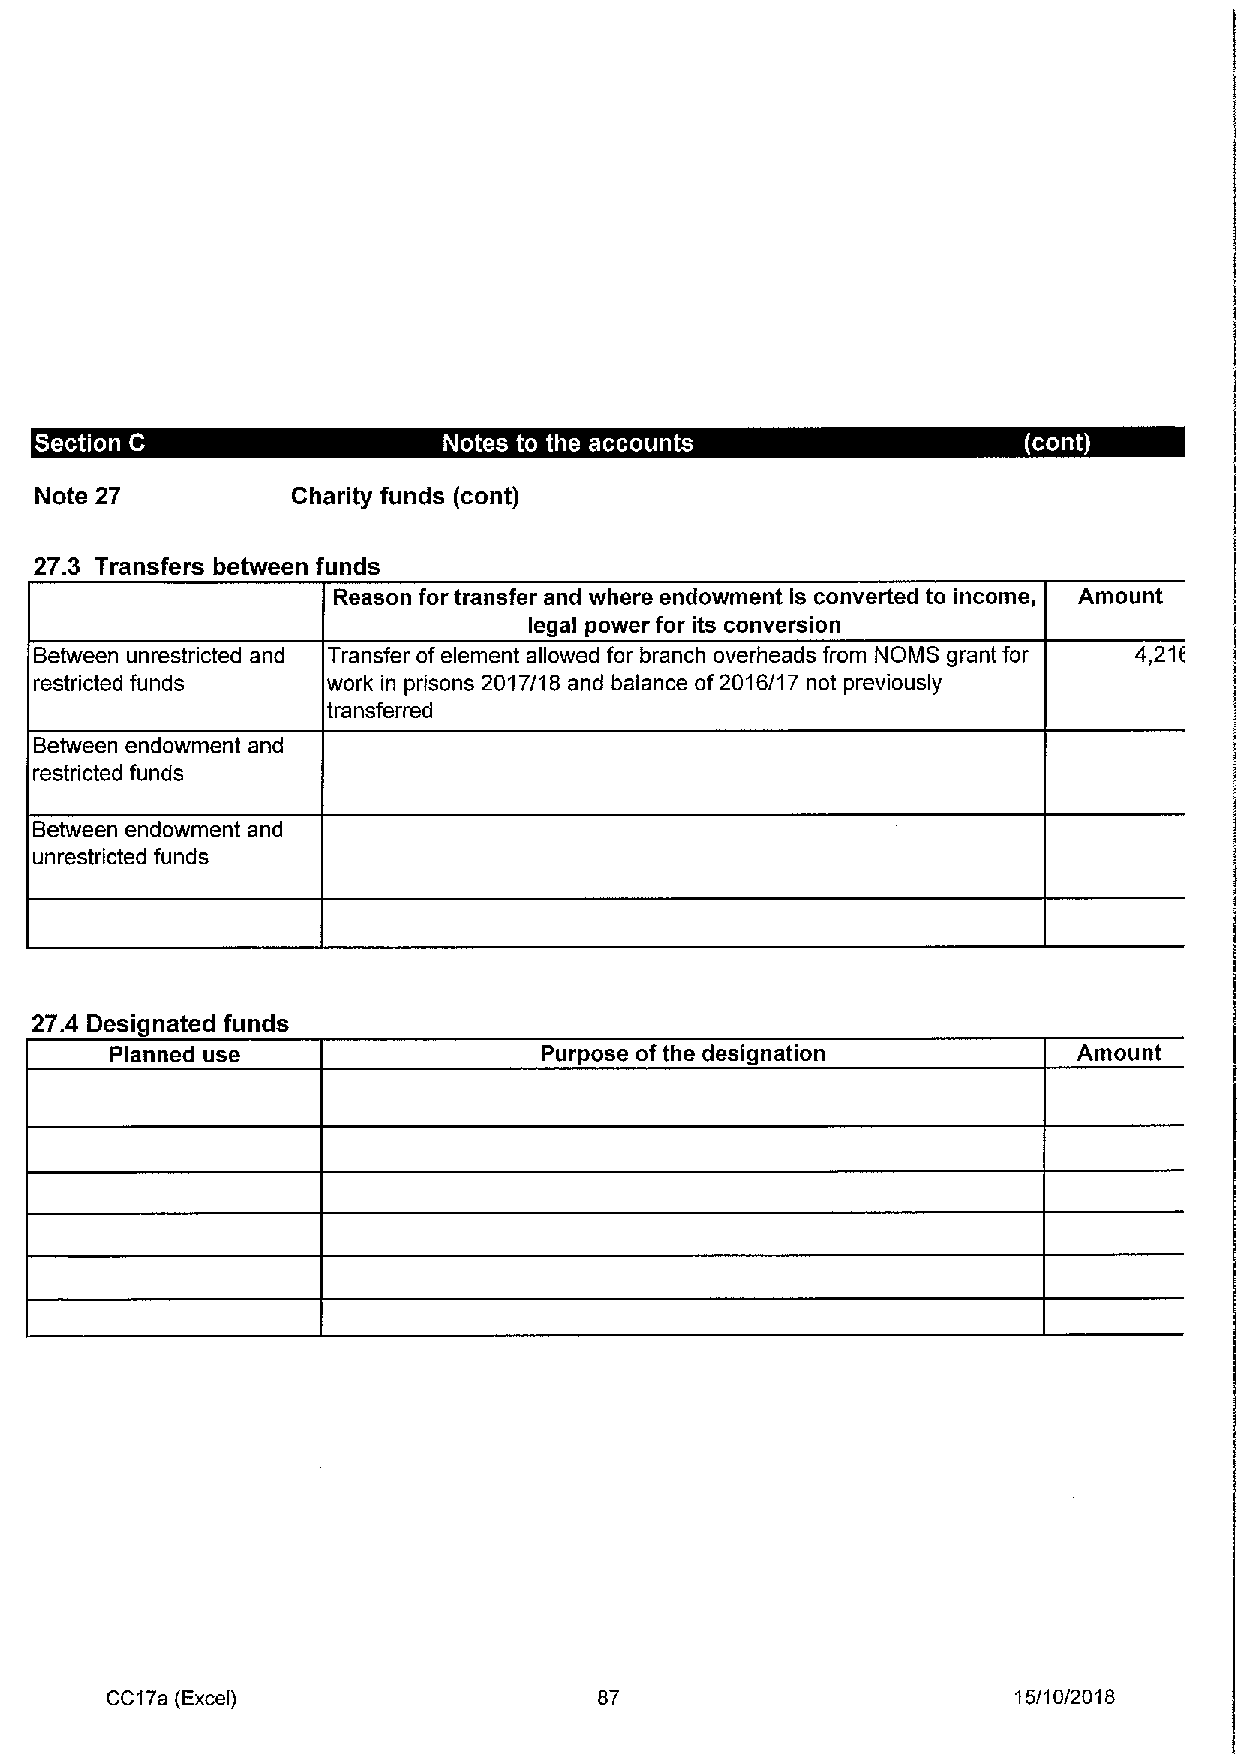
Note 27          Charity funds (cont)
 27.3 Transfers between funds
 Reason for transfer and where endowment Is converted to income, Amount
 legal power for its conversion
 Between unrestricted and Transfer ofelement allowed for branch overheads from NOMS grant for 4,21(
 restricted funds    work in prisons 2017/18 and balance of2016/17 not previously
 transferred
 Between endowment and
 restricted funds
 Between endowment and
 unrestricted funds
 27.4 Designated funds
 Planned use                  Purpose ofthe designation          Amount
 CC17a (Excel)                    87                         15/10/201 8